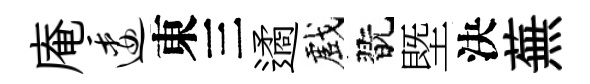
庵逶東三遹戲翫塈決蕪